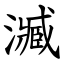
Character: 㵴